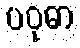
ပဝုဓာ